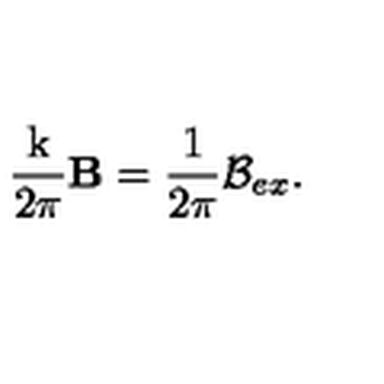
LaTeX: \frac { \mathrm { k } } { 2 \pi } \mathbf { B } = \frac { \mathrm { 1 } } { 2 \pi } \mathcal { B } _ { e x } .